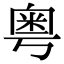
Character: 粤